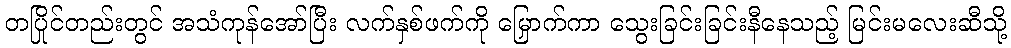
တပြိုင်တည်းတွင် အသံကုန်အော်ပြီး လက်နှစ်ဖက်ကို မြှောက်ကာ သွေးခြင်းခြင်းနီနေသည့် မြင်းမလေးဆီသို့